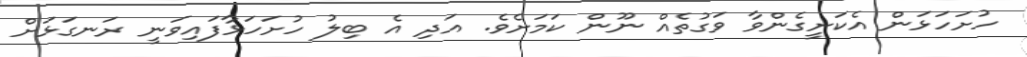
ހުށަހަޅަން އެކަށީގެންވާ ވަގުތެއް ނޫން ކަމަށެވެ. އަދި އެ ބިލު ހުށަހަޅާފައިވަނީ ރަނގަޅަށް